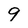
Character: 9